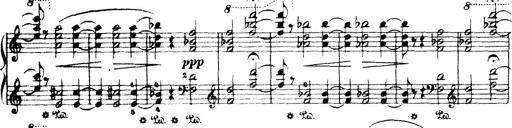
Title: Wagner-Liszt Album
Composer: Franz Liszt